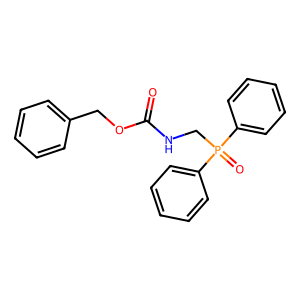
SMILES: O=C(NCP(=O)(c1ccccc1)c1ccccc1)OCc1ccccc1
Inhibits HIV replication: No